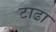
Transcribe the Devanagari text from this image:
टाढा